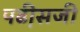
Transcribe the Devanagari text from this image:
पढी़सजी